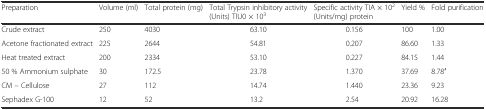
| Preparation | Volume (ml) | Total protein (mg) | Total Trypsin inhibitory activity (Units) TIU0 × 103 | Specific activity TIA × 102 (Units/mg) protein | Yield % | Fold purification |
 | --- | --- | --- | --- | --- | --- | --- |
 | Crude extract | 250 | 4030 | 63.10 | 0.156 | 100 | 1.00 |
 | Acetone fractionated extract | 225 | 2644 | 54.81 | 0.207 | 86.60 | 1.33 |
 | Heat treated extract | 200 | 2334 | 53.10 | 0.227 | 84.15 | 1.44 |
 | 50 % Ammonium sulphate | 30 | 172.5 | 23.78 | 1.370 | 37.69 | 8.78′ |
 | CM – Cellulose | 27 | 112 | 14.74 | 1.440 | 23.36 | 9.23 |
 | Sephadex G-100 | 12 | 52 | 13.2 | 2.54 | 20.92 | 16.28 |